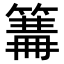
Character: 𥲙